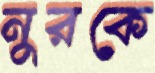
নুরকে